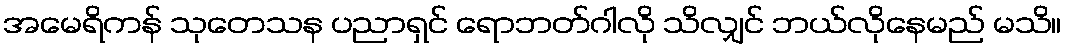
အမေရိကန် သုတေသန ပညာရှင် ရောဘတ်ဂါလို သိလျှင် ဘယ်လိုနေမည် မသိ။